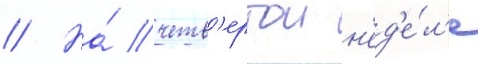
// На́ четв'ертои н'ед'е́л'е